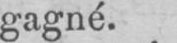
gagné.